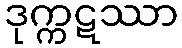
ဒုက္ကဋဿာ